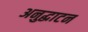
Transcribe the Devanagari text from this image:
अनुद्घाटन